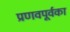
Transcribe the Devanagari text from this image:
प्रणवपूर्वका